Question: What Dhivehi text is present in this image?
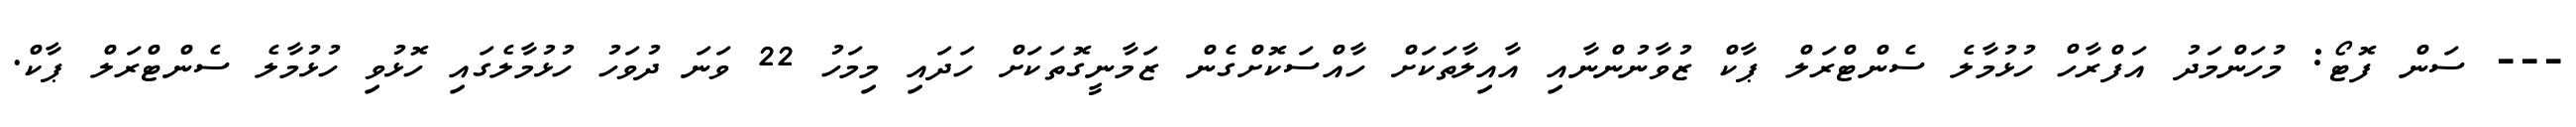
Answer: --- ސަން ފޮޓޯ: މުހަންމަދު އަފްރާހް ހުޅުމާލެ ސެންޓްރަލް ޕާކް ޒުވާނުންނާއި އާއިލާތަކަށް ހާއްސަކޮށްގެން ޒަމާނީގޮތަކަށް ހަދައި މިމަހު 22 ވަނަ ދުވަހު ހުޅުމާލެގައި ހޮޅުވި ހުޅުމާލެ ސެންޓްރަލް ޕާކް.